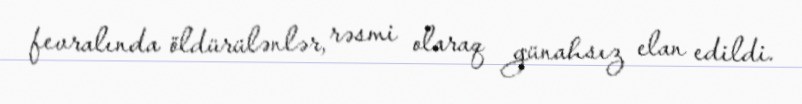
fevralında öldürülənlər, rəsmi olaraq günahsız elan edildi.